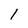
Character: l